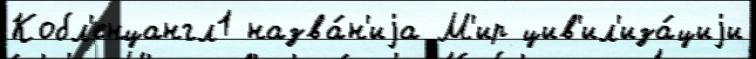
Кобл'енцангл1 назва́н'иjа М'ир цив'ил'иза́циjи